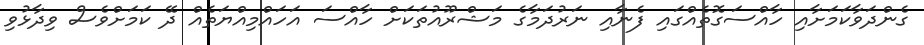
ގެންދަވާކަމަށާއިި ހާއްސަގޮތެއްގައި ފެނާއި ނަރުދަމާގެ މަޝްރޫއުތަކަށް ހާއްސަ އަހައްމިއްޔަތެއް ދޭ ކަމަށްވެސް ވިދާޅުވި